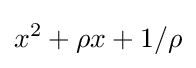
x^{2}+\rho x+1/\rho